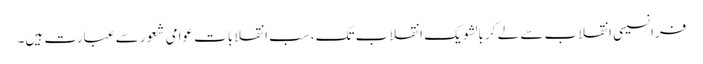
فرانسیسی انقلاب سے لے کر بالشویک انقلاب تک، سب انقلابات عوامی شعور سے عبارت ہیں۔